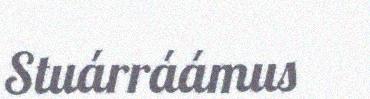
Stuárráámus